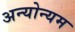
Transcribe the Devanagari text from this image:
अन्योन्यम